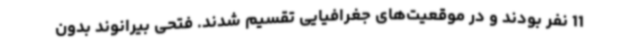
11 نفر بودند و در موقعیت‌های جغرافیایی تقسیم شدند. فتحی بیرانوند بدون